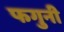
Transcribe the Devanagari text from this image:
फगुनी